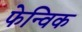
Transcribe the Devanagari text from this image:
फेन्विक